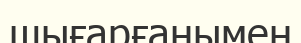
шығарғанымен